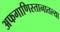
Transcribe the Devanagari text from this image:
अफगाणिस्तानातल्या